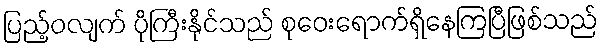
ပြည့်ဝလျက် ပိုကြီးနိုင်သည် စုဝေးရောက်ရှိနေကြပြီဖြစ်သည်